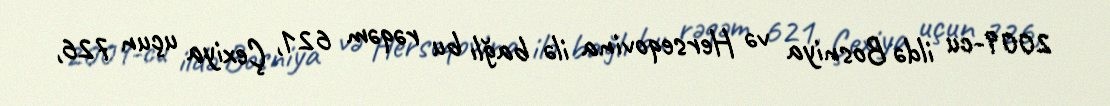
2009-cu ildə Bosniya və Herseqovina ilə bağlı bu rəqəm 621, Çexiya uçun 726,